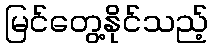
မြင်တွေ့နိုင်သည့်